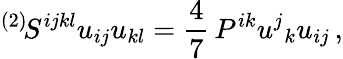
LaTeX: {}^{(2)}\! S^{ijkl}u_{ij}u_{kl}=\frac 47\, P^{ik}u^{j}{}_{k}u_{ij}\, ,